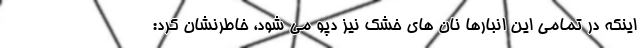
اینکه در تمامی این انبارها نان های خشک نیز دپو می شود، خاطرنشان کرد: